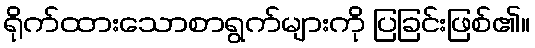
ရိုက်ထားသောစာရွက်များကို ပြခြင်းဖြစ်၏။